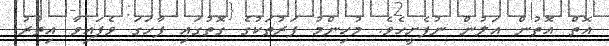
އޮތް އޮތުން އަލުން ނުފެށީހެވެ. މުހިންމު ފަރުތަކުގެ ގޮތުގައި ފާހަގަ ވެފައިވާ އިތުރު